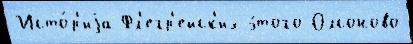
Исто́р'иjа Фл'егр'ейск'их э́того Олсоново